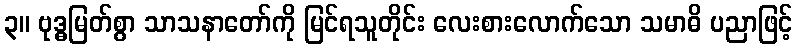
၃။ ဗုဒ္ဓမြတ်စွာ သာသနာတော်ကို မြင်ရသူတိုင်း လေးစားလောက်သော သမာဓိ ပညာဖြင့်